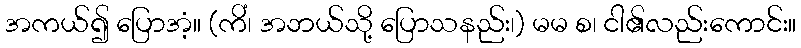
အကယ်၍ ပြောအံ့။ (ကိံ၊ အဘယ်သို့ ပြောသနည်း၊) မမ စ၊ ငါ၏လည်းကောင်း။